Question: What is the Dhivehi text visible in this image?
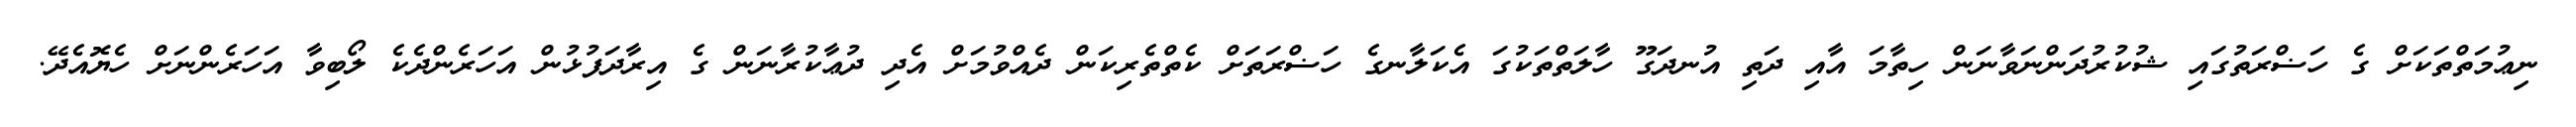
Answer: ނިޢުމަތްތަކަށް ގެ ހަޟްރަތުގައި ޝުކުރުދަންނަވާނަން ހިތާމަ އާއި ދަތި އުނދަގޫ ހާލަތްތަކުގަ އެކަލާނގެ ހަޟްރަތަށް ކެތްތެރިކަން ދެއްވުމަށް އެދި ދުޢާކުރާނަން ގެ އިރާދަފުޅުން އަހަރެންދެކެ ލޯބިވާ އަހަރެންނަށް ހެޔޮއެދޭ.